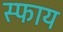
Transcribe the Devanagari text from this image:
स्फाय